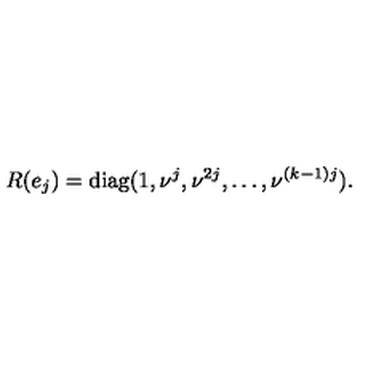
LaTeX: R ( e _ { j } ) = \mathrm { d i a g } ( 1 , \nu ^ { j } , \nu ^ { 2 j } , \ldots , \nu ^ { ( k - 1 ) j } ) .